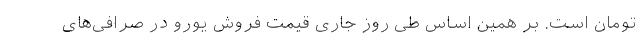
تومان است. بر همین‌ اساس طی روز جاری قیمت فروش یورو در صرافی‌های